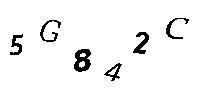
5G842C